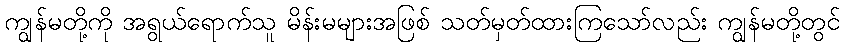
ကျွန်မတို့ကို အရွယ်ရောက်သူ မိန်းမများအဖြစ် သတ်မှတ်ထားကြသော်လည်း ကျွန်မတို့တွင်